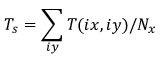
T _ { s } = \sum _ { i y } T ( i x , i y ) / N _ { x }